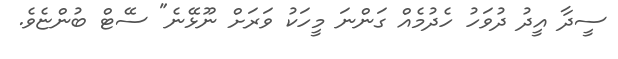
ސީދާ އީދު ދުވަހު ހެދުމެއް ގަންނަ މީހަކު ވަރަށް ނޫޅޭނެ" ސޭޓް ބުންޏެވެ.